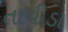
તાવીડા